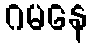
ဂမနေ